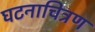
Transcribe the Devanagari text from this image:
घटनाचित्रण